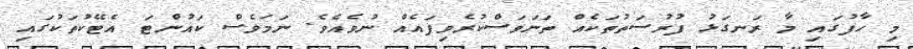
މި ހާފުގައި މާ ރަނގަޅު ފުރުސަތުތަކެއް ތަނަވަސްކުރެވިފައެއް ނުވެއެވެ. ނަމަވެސް ކައުންޓަ އެޓޭކުތަކުގައި